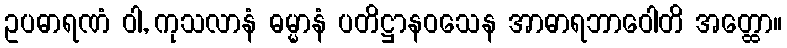
ဥပဓာရဏံ ဝါ, ကုသလာနံ ဓမ္မာနံ ပတိဋ္ဌာနဝသေန အာဓာရဘာဝေါတိ အတ္ထော။